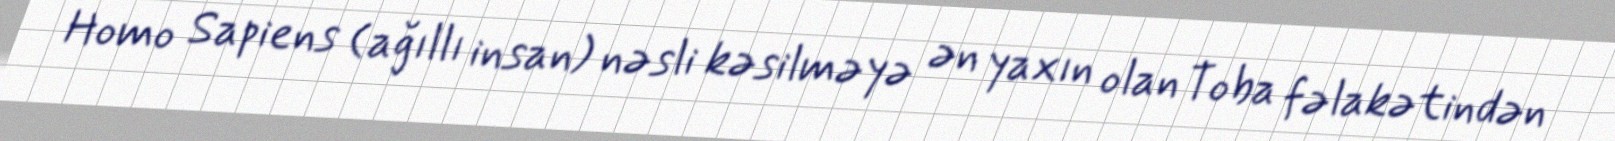
Homo Sapiens (ağıllı insan) nəsli kəsilməyə ən yaxın olan Toba fəlakətindən